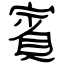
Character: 賓